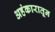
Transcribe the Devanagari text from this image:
अहंकारातून